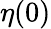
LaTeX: \eta(0)